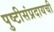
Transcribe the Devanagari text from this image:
पुष्टीसंप्रदायची